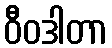
ဝီဝဒါတာ